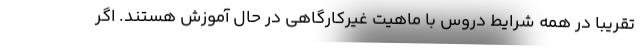
تقریبا در همه شرایط دروس با ماهیت غیرکارگاهی در حال آموزش هستند. اگر